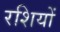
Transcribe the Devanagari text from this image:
रशियों